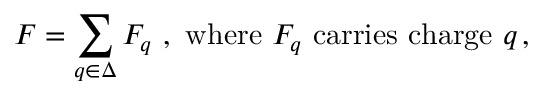
F = \sum _ { q \in \Delta } F _ { q } \mathrm { ~ , ~ w h e r e ~ } F _ { q } \mathrm { ~ c a r r i e s ~ c h a r g e ~ } q \, ,